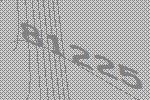
81225